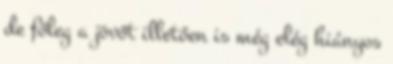
de főleg a jövőt illetően is még elég hiányos